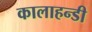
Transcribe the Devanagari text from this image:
कालाहन्डी